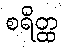
စရိတ္ထ